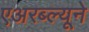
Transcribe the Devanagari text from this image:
एअरब्ल्यूने